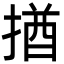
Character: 揂